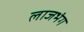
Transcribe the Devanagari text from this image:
लाजभंग